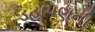
ડહાપણની